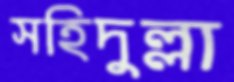
সহিদুল্লা